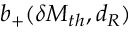
b _ { + } ( \delta M _ { t h } , d _ { R } )